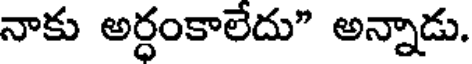
నాకు అర్ధంకాలేదు" అన్నాడు.